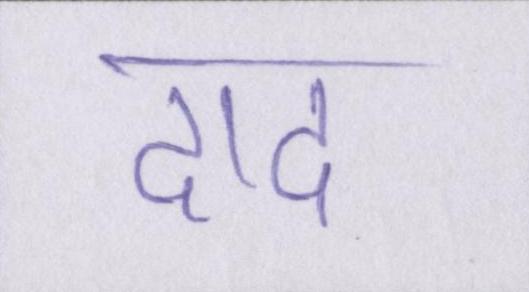
दाद